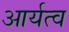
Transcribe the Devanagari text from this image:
आर्यत्व